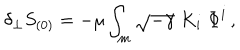
\delta _ { \perp } S _ { ( 0 ) } = - \mu \int _ { m } \sqrt { - \gamma } \; K _ { i } \; \Phi ^ { i } \, ,